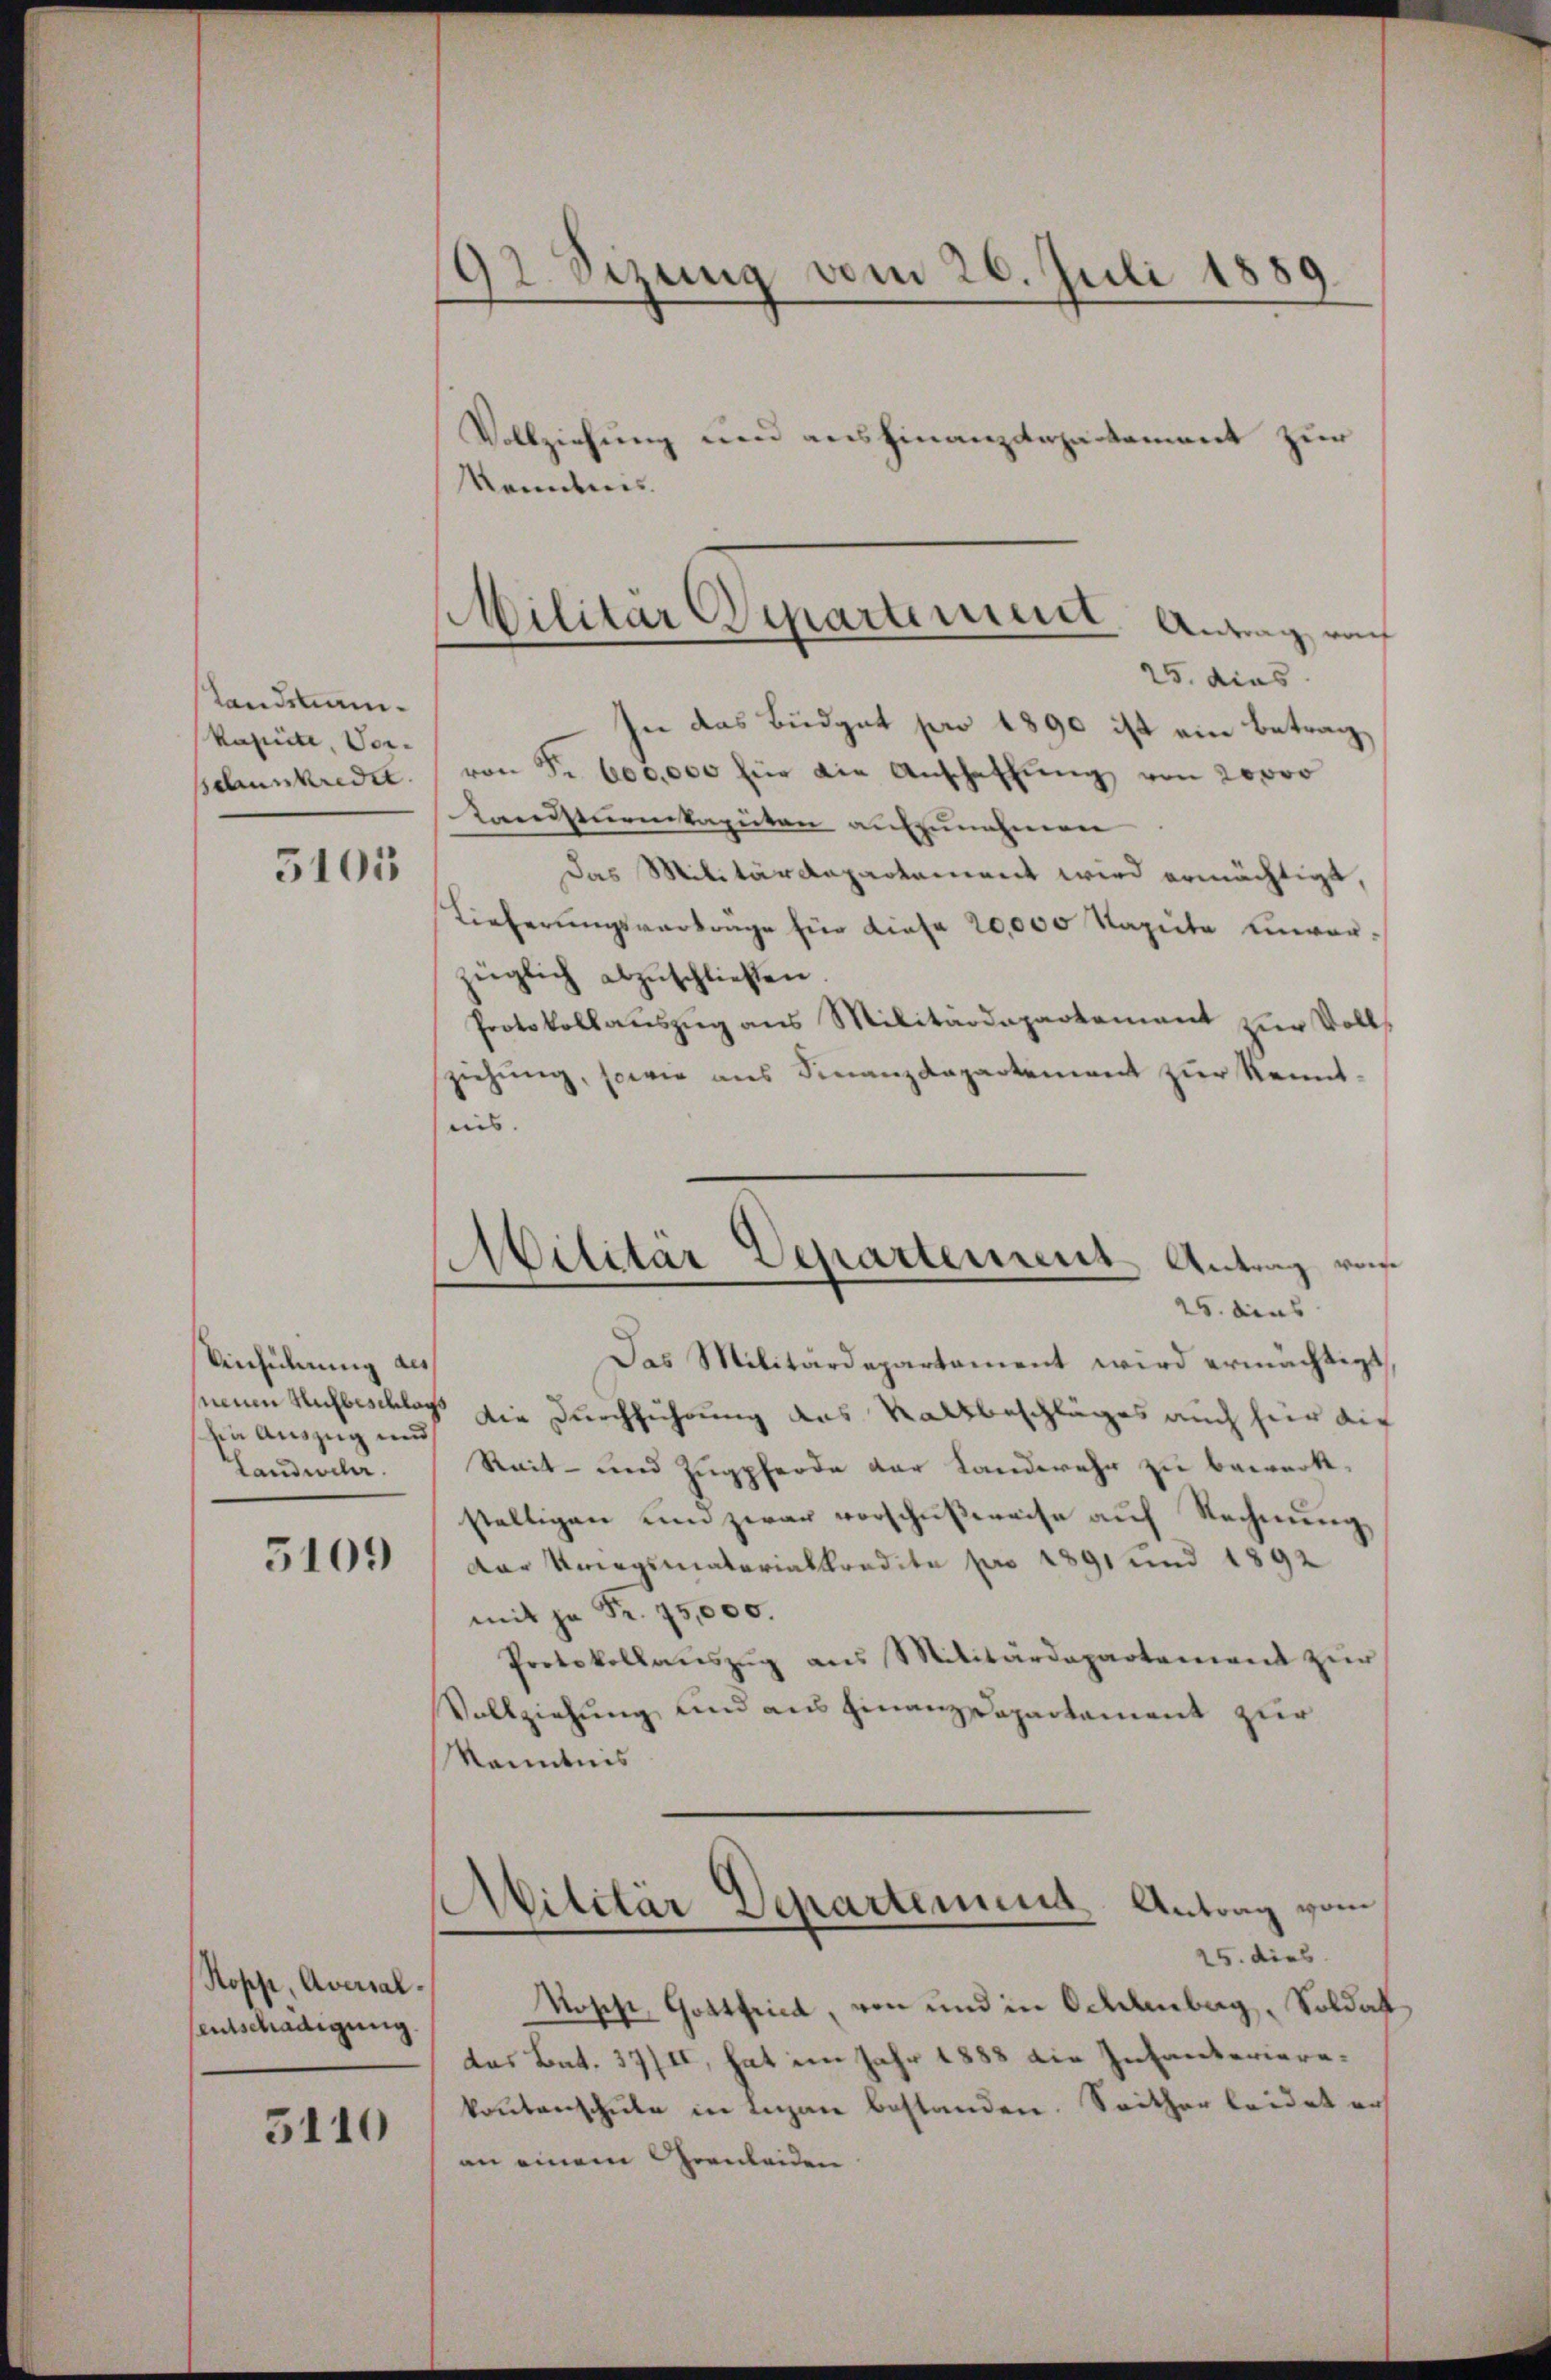
Standmann.
kapite, Vor¬
5105

Anhilung des
sin Auszug und
Landweler.

5109

Hopp, Aversal-
sentschädigung

3110

192. Sizung vom 26. Juli 1889

Militär Departement. Antrag nach
25. dies

Vollziehung und ausfinanzdepartement zur
kanntnis.
In das Budget pro 1890 ist ein Betrag,
Behnnkredit. (von Fr. 605.000 für die Anschaffung von 20000
Landsturmkaputen aufzunehmen
Das Militärdepartement wird ermächtigt,
Lieferŭngsverträge für diese 20,000 Kapite Einverzüglich abzŭschließen.
Protokoll aŭszŭg ans Militärdepartement zur Voll-
ziehŭng, sowie ans Finanzdepartement zŭr Kenntnis.
Das Militärdepartament wird ermächtigt,
neuen Aufbeschlag die Durchführung das Kaltbeschlages auch hier die
Reit- und Zugpferde der Landwehr zu bewerk.
stelligen und zwar vorschußweise auf Rechnung,
Der Kriegsmaterialkredita pro 1891 und 1892
mit ja Fr. 75,000.
Protokollaŭszŭg ans Militärdepartement zŭr
Vollziehung und aus Finanz-Departement zur
Kenntnis
Militär Departement Antrag vom
25. dies
Rosche, Gottfrica, von und in Oldenberg, Soldat
das Bat. 37/II, hat im Jahr 1883 die Infanterierekontenschule in Lugan bestanden. Seither leidet er
an einem Grenleiden

Militär Departement Antrag von
25. das